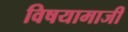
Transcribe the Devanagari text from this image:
विषयामाजीं